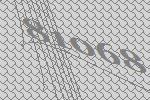
81068